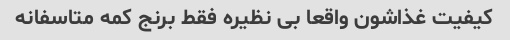
کیفیت غذاشون واقعا بی نظیره فقط برنج کمه متاسفانه